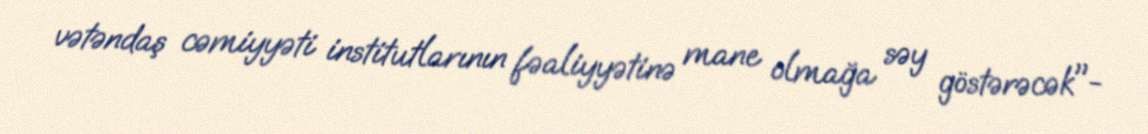
vətəndaş cəmiyyəti institutlarının fəaliyyətinə mane olmağa səy göstərəcək"-